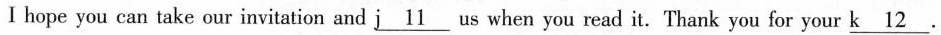
I hope you can take our invitation and \underline{i11}ug when you read it. Thank you for your \underline{k12}